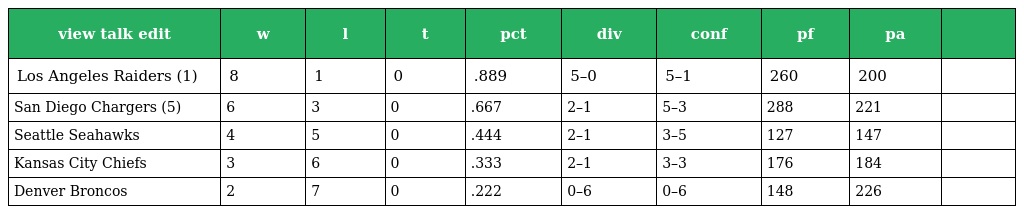
| view talk edit | w | l | t | pct | div | conf | pf | pa |  |
 | --- | --- | --- | --- | --- | --- | --- | --- | --- | --- |
 | Los Angeles Raiders (1) | 8 | 1 | 0 | .889 | 5–0 | 5–1 | 260 | 200 |  |
 | San Diego Chargers (5) | 6 | 3 | 0 | .667 | 2–1 | 5–3 | 288 | 221 |  |
 | Seattle Seahawks | 4 | 5 | 0 | .444 | 2–1 | 3–5 | 127 | 147 |  |
 | Kansas City Chiefs | 3 | 6 | 0 | .333 | 2–1 | 3–3 | 176 | 184 |  |
 | Denver Broncos | 2 | 7 | 0 | .222 | 0–6 | 0–6 | 148 | 226 |  |